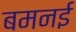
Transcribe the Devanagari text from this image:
बमनई